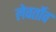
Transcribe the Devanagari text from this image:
लेवर्तोव